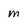
Character: m